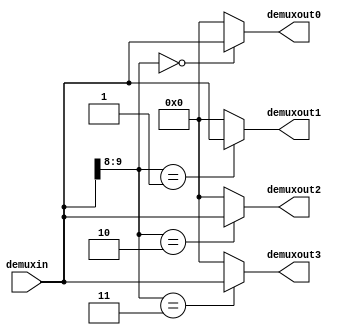
module demuxC2 (
    input [11:0] demuxin,
    output reg [11:0] demuxout0, demuxout1, demuxout2, demuxout3);

always @(*) begin
    if (demuxin[9:8] == 2'b00) demuxout0 = demuxin;
    else demuxout0 = 0;

    if (demuxin[9:8] == 2'b01) demuxout1 = demuxin;
    else demuxout1 = 0;

    if (demuxin[9:8] == 2'b10) demuxout2 = demuxin;
    else demuxout2 = 0;

    if (demuxin[9:8] == 2'b11) demuxout3 = demuxin;
    else demuxout3 = 0;
end
endmodule